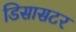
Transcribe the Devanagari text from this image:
डिसासटर